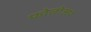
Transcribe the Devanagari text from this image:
फोलोअप